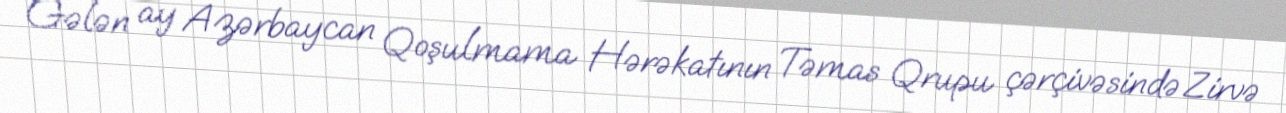
Gələn ay Azərbaycan Qoşulmama Hərəkatının Təmas Qrupu çərçivəsində Zirvə